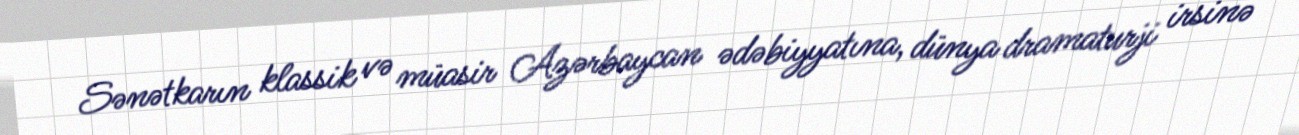
Sənətkarın klassik və müasir Azərbaycan ədəbiyyatına, dünya dramaturji irsinə